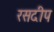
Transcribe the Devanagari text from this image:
रसदीप